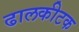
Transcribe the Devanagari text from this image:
ढालकीटक